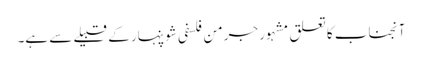
آنجناب کا تعلق مشہور جرمن فلسفی شوپنہار کے قبیلے سے ہے۔